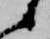
候